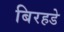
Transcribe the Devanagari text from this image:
बिरहडे